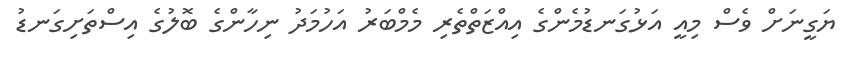
ޔަގީނަށް ވެސް މިއީ އަޅުގަނޑުމެންގެ އިއްޒަތްތެރި މެމްބަރު އަހުމަދު ނިހާންގެ ބޮލުގެ އިސްތަށިގަނޑު